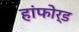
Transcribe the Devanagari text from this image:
हांफोर्ड